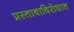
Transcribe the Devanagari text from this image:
प्रस्तावाविरोधात